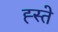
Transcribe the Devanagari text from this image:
ह्स्ते